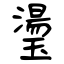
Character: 璗